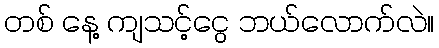
တစ် နေ့ ကျသင့်ငွေ ဘယ်လောက်လဲ။